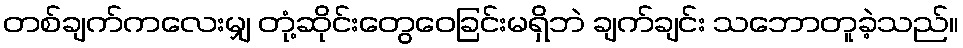
တစ်ချက်ကလေးမျှ တုံ့ဆိုင်းတွေဝေခြင်းမရှိဘဲ ချက်ချင်း သဘောတူခဲ့သည်။